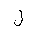
Letter: _lam